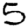
Digit: 5